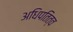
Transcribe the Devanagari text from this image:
अधिपतित्व